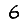
Digit: 6